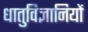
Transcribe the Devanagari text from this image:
धातुविज्ञानियों